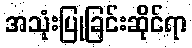
အသုံးပြုခြင်းဆိုင်ရာ